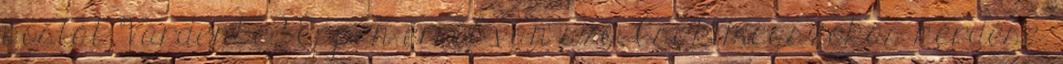
postát Vardenbe? Éppen erről van szó. Csak megszokás kérdése.